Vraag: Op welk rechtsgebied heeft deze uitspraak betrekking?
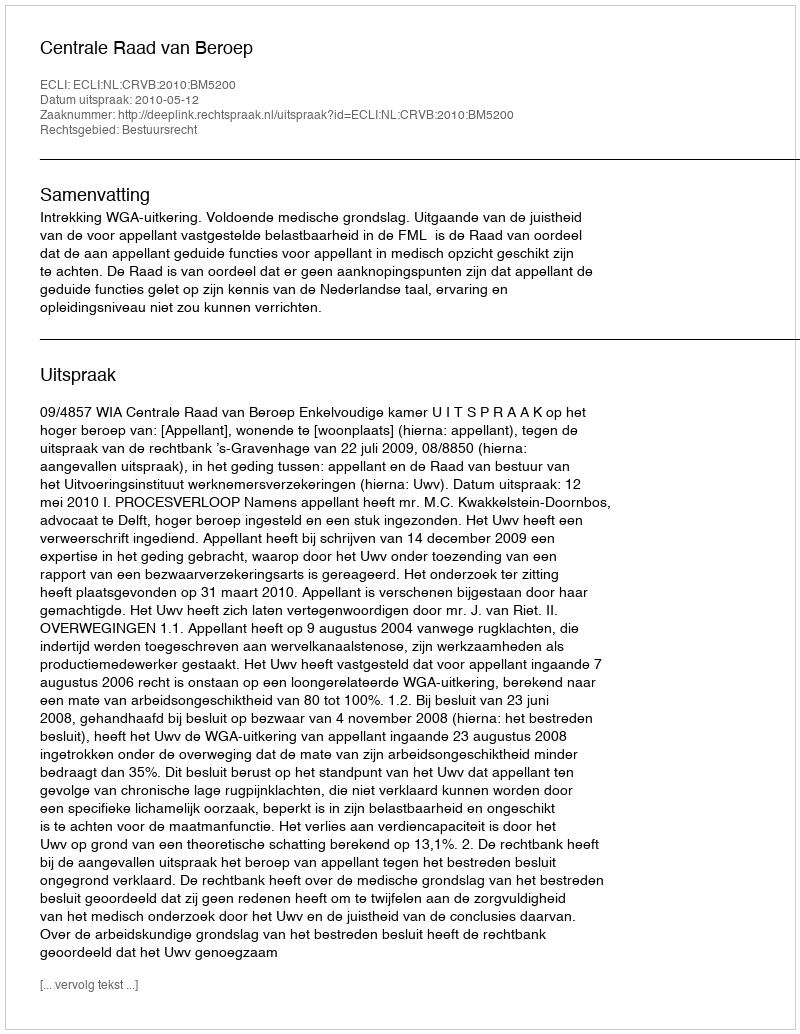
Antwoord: Bestuursrecht